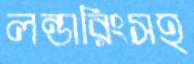
লন্ডারিংসহ